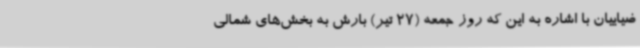
ضیاییان با اشاره به این که روز جمعه (27 تیر) بارش به بخش‌های شمالی